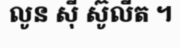
លូន ស៊ី ស៊ូលីត ។